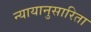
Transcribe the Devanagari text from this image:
न्यायानुसारिता